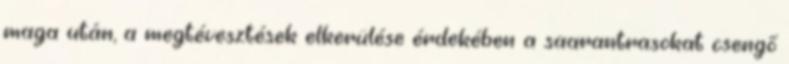
maga után, a megtévesztések elkerülése érdekében a saarantrasokat csengő